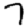
Digit: 7